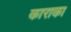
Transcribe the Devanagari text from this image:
काराका